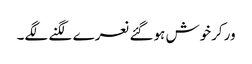
ورکرخوش ہوگئے نعرے لگنے لگے۔